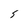
Character: 5